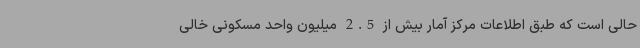
حالی است که طبق اطلاعات مرکز آمار بیش از 2.5 میلیون واحد مسکونی خالی